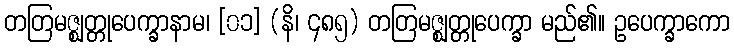
တတြမဇ္ဈတ္တုပေက္ခာနာမ၊ [၀၁] (နိ၊ ၄၈၅) တတြမဇ္ဈတ္တုပေက္ခာ မည်၏။ ဥပေက္ခာကော